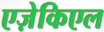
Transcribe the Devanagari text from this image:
एज़ेकिएल